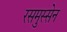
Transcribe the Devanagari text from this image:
रसमुस्सेन